Indian Medical Review
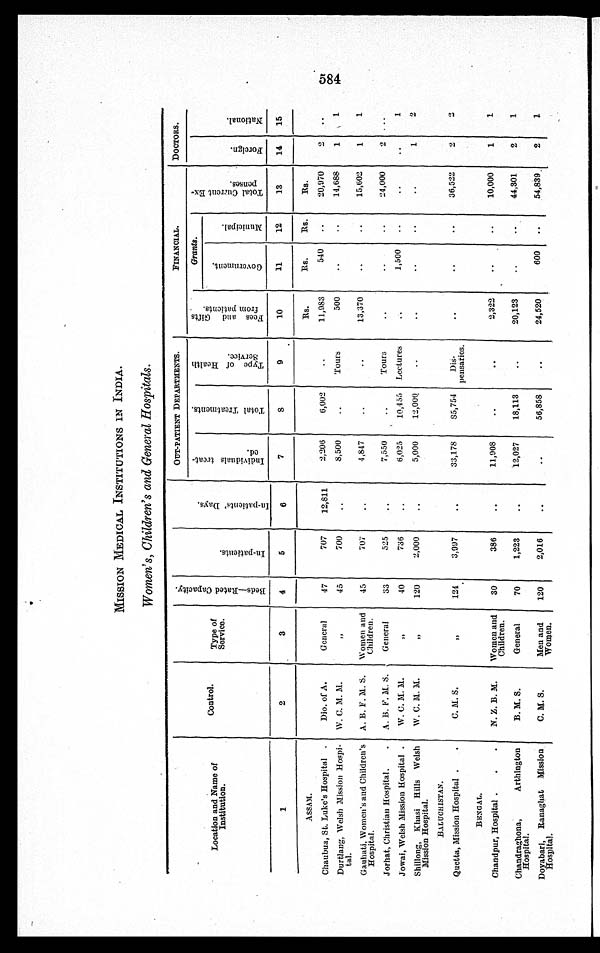
MISSION MEDICAL INSTITUTIONS IN INDIA.
Women's, Children's and General Hospitals.
Location and Name of
Institution.
Control.
Type of
Service
B e d s — R a t e d C a p a c i t y .
I n - P a t i e n t s .
I n - P a t i e n t ' s D a y s .
OUT-PATIENT DEPARTMENTS.
FINANCIAL.
DOCTORS.
I n d i v i d u a l s t r e a t -
ed.
T o t a l T r e a t me n t .
T y p e o f H e a l t h
Se r v i c e .
F e e s a n d G i f t s
f r o m p a t i e n t s .
Grants.
T o t a l C u r r e n t E x -
p e n s e s .
F o r e i g n .
N a t i o n a l .
G o v e r n m e n t .
Mu n i c i p a l .
1
2
3
4
5
6
7
8
9
10
11
12
1 3 14
15
ASSAM.
Rs.
Rs.
Rs.
Rs.
Chaubua, St. Luke's Hospital
Dio. of A.
General
47
707
12,811
2,206
6,002
11,983
540
20,970
2
Durtlang, Welsh Mission Hospi-
tal.
W. C. M. M.
„
45
700
8,500
Tours
500
14,688
1
1
Gauhati, Women's and Children's
Hospital.
A. B. F. M. S. Women and
Children.
45
707
4,847
13,370
15,602
1
1
Jorhat, Christian Hospital.
A. B. F. M. S.
General
33
525
7,550
Tours
24,000
2
Jowai, Welsh Mission Hospital.
W. C. M. M.
„
40
736
6,025
10,455 Lectures
1,500
1
Shillong, Khasi Hills Welsh
Mission Hospital.
W. C. M. M.
„
120
2,000
5,000
12,000
1
2
BALUCHISTAN.
Quetta, Mission Hospital
C. M. S.
„
124
3,997
33,178
85,754
Dis-
pensaries.
36,522
2
2
BENGAL.
Chandpur, Hospital
N. Z. B. M.
Women and
Children.
30
386
11,908
2,322
10,000
1
1
Chandraghona, Arthington
Hospital.
B. M. S.
General
70
1,223
12,027
18,113
20,123
44,301
2
1
Doyabari, Ranaghat Mission
Hospital.
C. M. S.
Men and
Women.
120
2,016
56,858
24,520
600
54,839
2
1
584